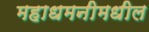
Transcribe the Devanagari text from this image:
महाधमनीमधील